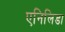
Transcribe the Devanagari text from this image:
एनिलिडा